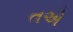
તએ